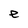
Character: e